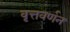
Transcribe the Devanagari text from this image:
वृत्तवर्णन